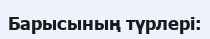
Барысының түрлері: